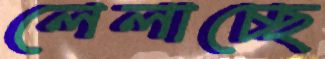
লেলাচ্ছে